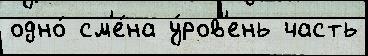
одно́ см'е́на у́ров'ень часть